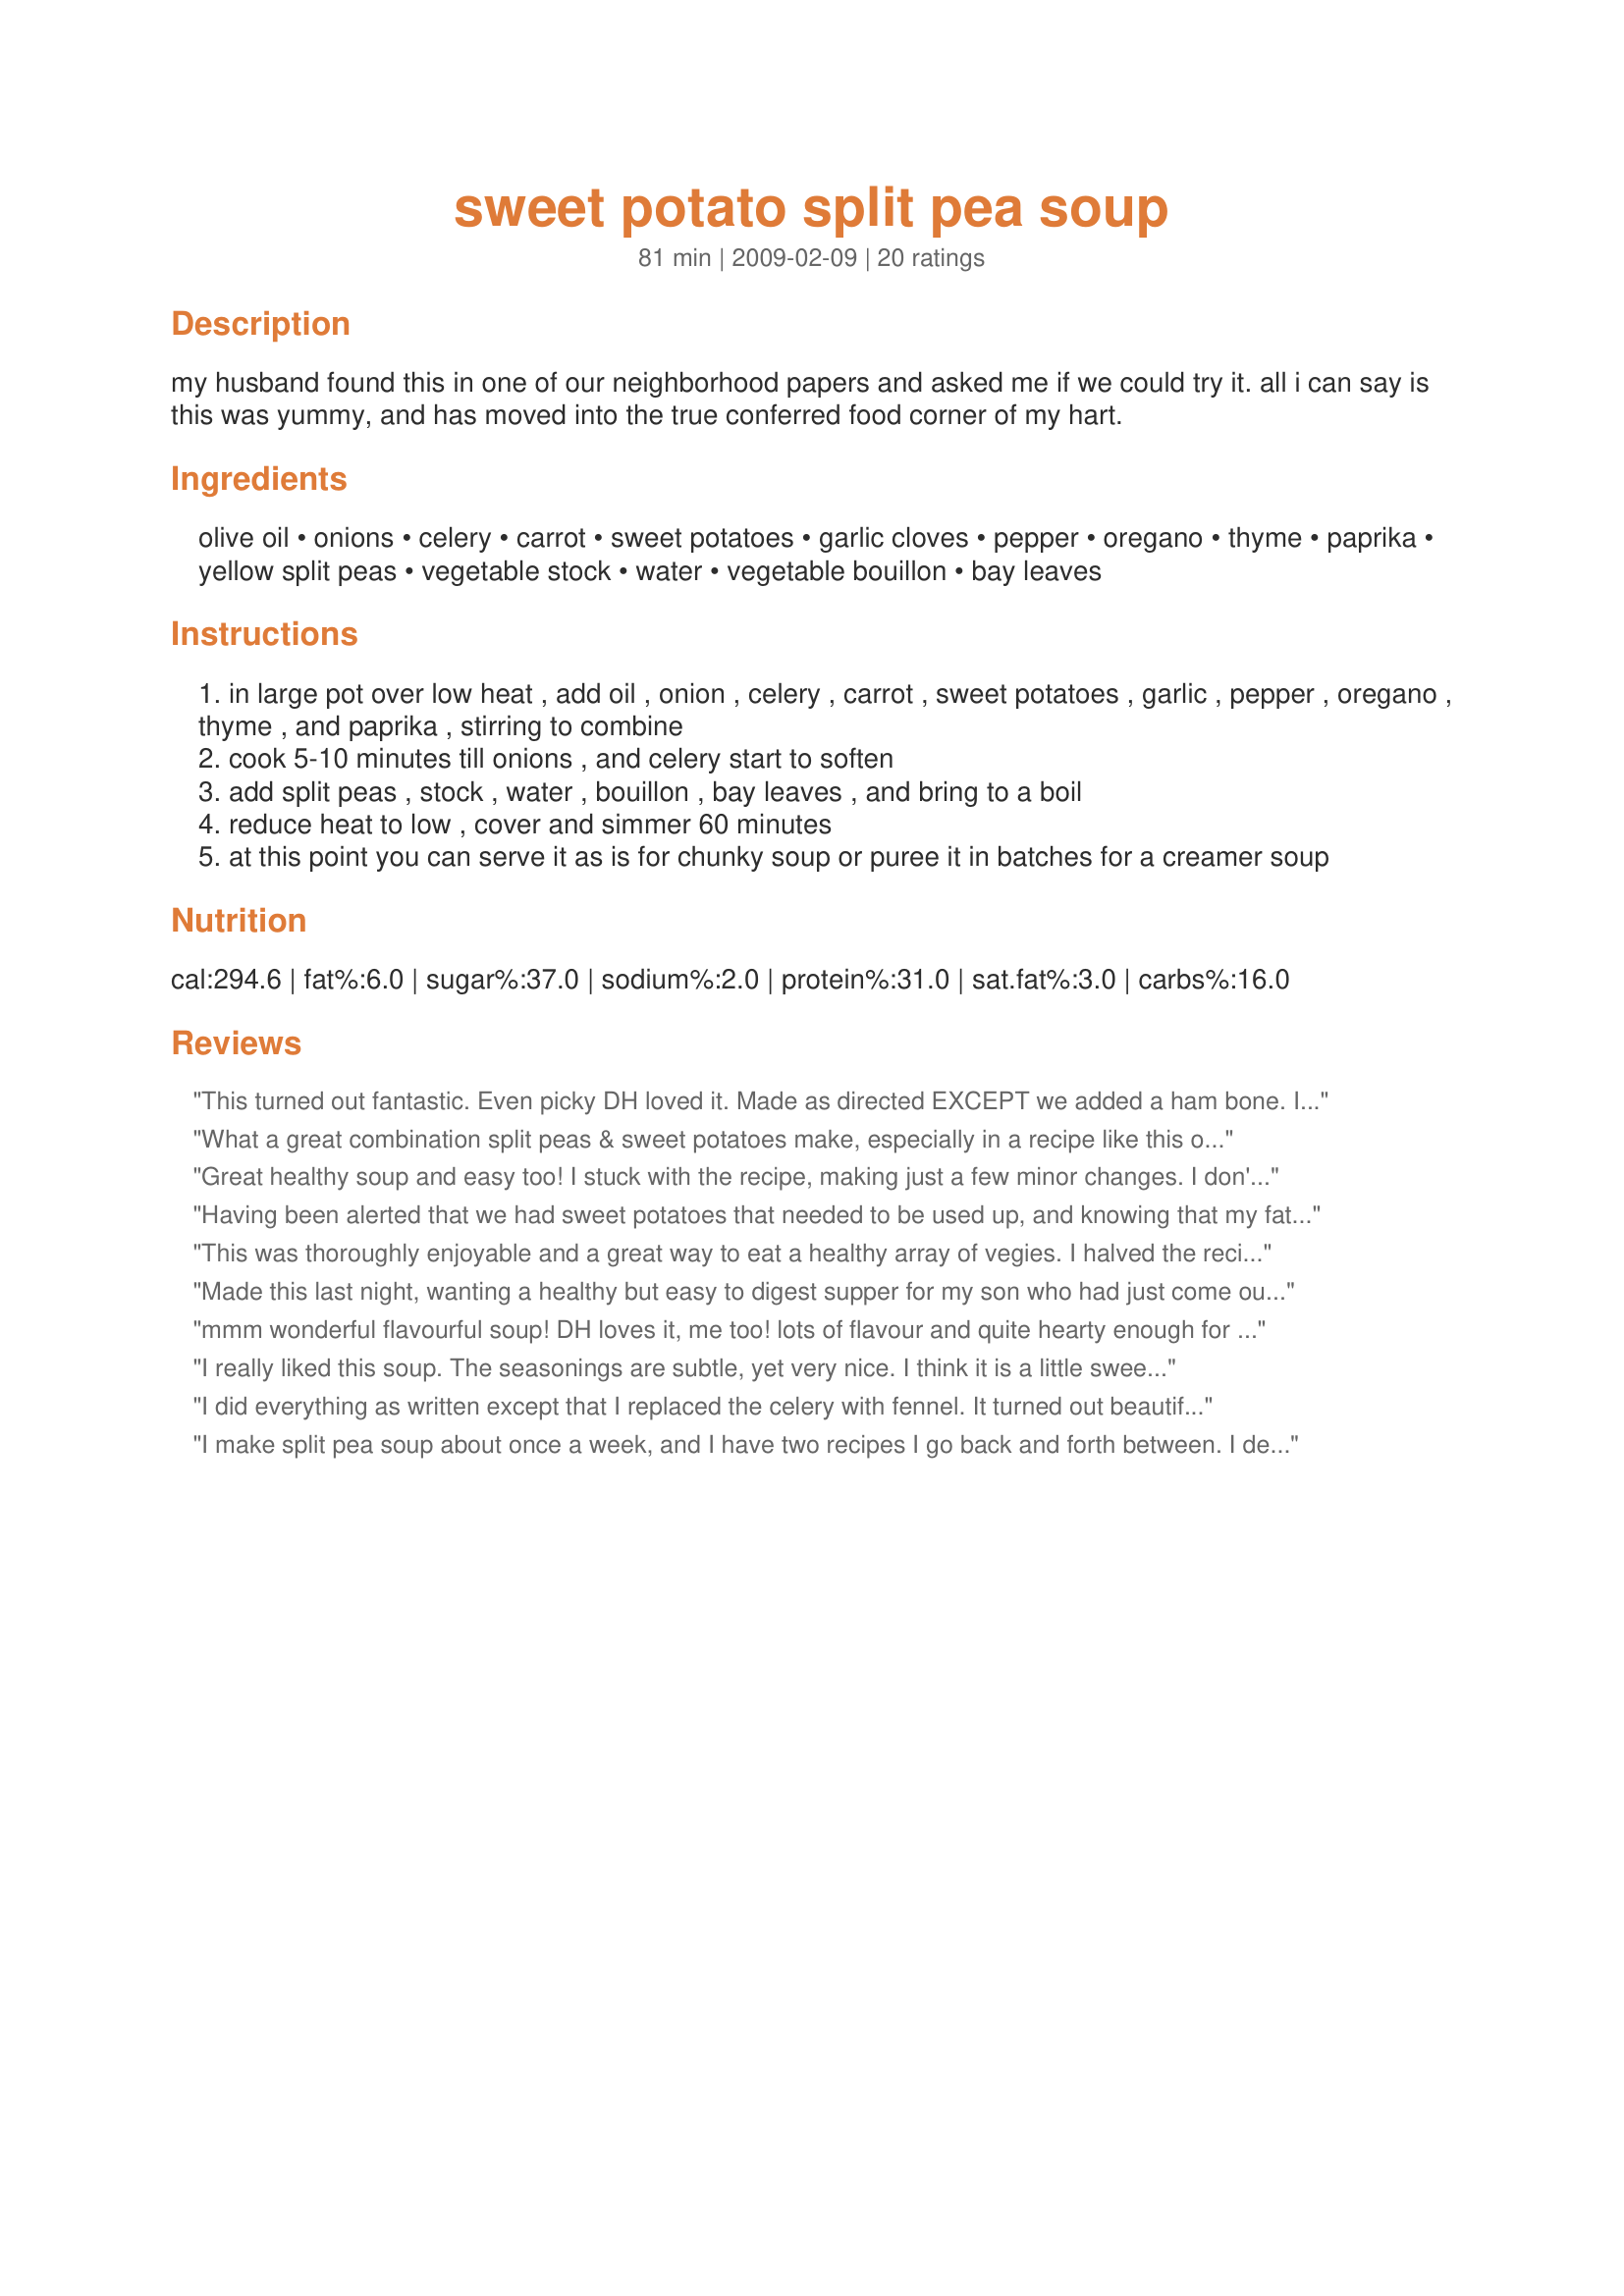
sweet potato split pea soup
Preparation time: 81 minutes

my husband found this in one of our neighborhood papers and asked me if we could try it. all i can say is this was yummy, and has moved into the true conferred food corner of my hart.

Ingredients:
olive oil, onions, celery, carrot, sweet potatoes, garlic cloves, pepper, oregano, thyme, paprika, yellow split peas, vegetable stock, water, vegetable bouillon, bay leaves

Steps:
in large pot over low heat , add oil , onion , celery , carrot , sweet potatoes , garlic , pepper , oregano , thyme , and paprika , stirring to combine
cook 5-10 minutes till onions , and celery start to soften
add split peas , stock , water , bouillon , bay leaves , and bring to a boil
reduce heat to low , cover and simmer 60 minutes
at this point you can serve it as is for chunky soup or puree it in batches for a creamer soup

Reviews:
This turned out fantastic. Even picky DH loved it. Made as directed EXCEPT we added a ham bone. I don&#039;t think DH would have liked it as much without! We did use an immersion blender to blend it all with the addition of chunks of ham from the ham bone. Thanks, Debbwl, for helping me to get sweet potatoes into my DH&#039;s menu! Not made for any tag game, made just because I love Debbwl&#039;s recipes!
What a great combination split peas & sweet potatoes make, especially in a recipe like this one ~ Definitely a keeper! The recipe didn't call for peeling the potatoes (although that's what most would do, I'm sure) so I diced them small & with the peel & that worked out just fine for us! Then instead of pureeing the soup, I simply took a potato masher to about half of it & left the rest along! Couldn't have been better! Thanks for sharing it! [Tagged, made & reviewed in Zaar Stars tag]
Great healthy soup and easy too! I stuck with the recipe, making just a few minor changes. I don't like celery so I left it out. I used 1 onion, which was probably a little less than 2 cups, Hungarian Paprika, 1/2 yellow & 1/2 green split peas and chick stock made from a paste (I'm currently out of homemade stock). I like the creamy texture so I pureed it all in the food processor and had a taste before putting it away. I'm excited to be taking some to work for lunch tomorrow.
Having been alerted that we had sweet potatoes that needed to be used up, and knowing that my father has a spot in his heart for pea soup, I was quite lucky to happen upon this recipe. I halved it so it would fit in the slow cooker, and after four hours on High, the ingredients had turned into a savory, warm dinner for this snowy night. My family (one pea soup lover/carnivore, two vegetarians, and a health/comfort food lover) sat down to enjoy this soup and it repeatedly received excellent reviews! There isn&#039;t much left, but what is remaining will probably thicken over night. The soup was pretty watery when it was deemed &quot;done,&quot; but that did not detract from its delicious flavor.
This was thoroughly enjoyable and a great way to eat a healthy array of vegies. I halved the recipe and pureed it and served it sprinkled with smoky paprika and chopped parsley - great colour and great taste !!
Made this last night, wanting a healthy but easy to digest supper for my son who had just come out of hospital. It had the added benefit of using up a lot of veggies from the fridge and pantry!
We do not add a lot of seasoning, so found the amount of stock fine, allowing the taste of the veggies to come through.

I chose not to puree the soup, since the family prefers soup chunky, and it was really good, I even had a little more as I cleaned the kitchen afterwards! And there is some left for DHs lunch today.

I prepared some cheese/pesto bread slices to serve with it, and we all enjoyed an easy but really delicious supper, thanks Deb!

Made for Vegetarian Swap#9, April 09

I
mmm wonderful flavourful soup! DH loves it, me too!
lots of flavour and quite hearty enough for supper. Loved addition of sweet potato, but we use yams around here instead, delicious combination. I pureed it, it came out a lovely thick soup with beautiful colour. We had it for supper tonight with roasted cheese sammies, yummy supper, thanks for posting I will be making this again.
I really liked this soup. The seasonings are subtle, yet very nice. I think it is a little sweet because of the sweet potatoes. Next time I think I would use half sweet potatoes and half white potatoes. I did not puree the soup and was surprised how the yellow split peas plumped up. Thanks for posting.
I did everything as written except that I replaced the celery with fennel. It turned out beautifully and had a nice depth of flavor. I didn&#039;t puree it since I was feeling lazy.
I make split pea soup about once a week, and I have two recipes I go back and forth between. I decided to give this one a shot. The sweet potato adds a little sweetness, but it still tastes like split pea soup (which is a good thing to me). I love having a little extra vitamin A from the sweet potato. I'll definitely add this to my soup rotation.
Wow, this soup is really, really yummy! It has a slightly sweet flavour from the sweet potato and carrot and yet a hearty touch from the spices. I particularly enjoyed the addition of thyme and laurel to it.
I opted for the non pureed version and it was delicious and also very pretty!
I only cooked my soup for 20 minutes as my lentils and veggies were perfectly done by then.
THANKS SO MUCH for sharing this wonderful recipe with us, Debbs! I cant wait to make it again!
Made and reviewed for Veggie Swap #19
This is such a delicious soup! It is most definately going on my regular soup list!!! The only change I made was to use all vegetable stock, instead of a combination of broth and water, and I did use recipe #56479 - which I highly recommend! I followed the other reviewer's lead and only pureed half with my immersion blender, which left a beautiful texture. This is SO good - thanks for posting it, Debb!!! Made for Holiday Tag.
Forget my cooking capabilities - this one of the BEST soups I&#039;ve ever eaten !!!....took less than 10 minutes to prepare the vegetables too...thank you
My husband has to have soup everyday during Ramadan so I like to try new recipes to mix it up a little bit, and this one was great! I love split pea soup but never thought add sweet potatoes. Made for Ramadan Tag!
Not much I can add to the other glowing reviews. Made as written, except for cutting recipe in half. Had trouble finding yellow split peas for some reason, but finally did, but I think this would work as well with green split peas. I am going to try a little cumin in it next time. Made for Fall 2012 PAC game.
I thought this was very good. I make a similar soup with red lentils, but this was great too. I've never worked with split peas before, and it was about time! It was a little bland for my tastes (I suppose this would vary significantly depending on the content of your stock/bouillon). I added some Sel Fou (search for it, it's great!) and plain yogurt before serving. Bon Appetit! Reviewed for PAC 2009.
We eat lots of lentil and veg soups, so I don't give out 5 stars loosly! We loved this for the fact I had everything in it on hand, it was simple and it had excellent flavour and a little bite with the herbs ad spices in there. It made a lovely lunch for us and I've 8 generous serves sitting ready to go in the freezer. I took Sydney Mike's advice and crushed this with my potato masher for a lovely texture and I added a couple of tablespoons of red wine vinegar and some chopped parsley at the end. The vinegar is an amazing adition to lentil soups and I recommend it to you to try sometime.
YUMMY!!! I tried both ways...puree&#039;d and not. I prefer it not puree&#039;d. The little bites of sweet potatoes make it a nice contrast. Thank you so much for sharing!!!
Fabulously delicious...healthy...easy...what else can I say? I didn't have an onion but never missed it. I blended it with my emulsion blender and it was oh so velvety and silky. Thanks for a recipe I will make again and again :)
This was a nice hearty soup but I did find that I missed the meat. I think that with some bacon added this would be perfect. Thanks Deb!
